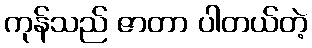
ကုန်သည် ဇာတာ ပါတယ်တဲ့